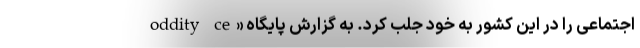
اجتماعی را در این کشور به خود جلب کرد. به گزارش پایگاه «oddity ce